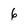
Character: 6